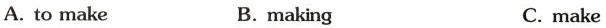
A.to make B.making C.make